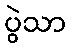
ပွဲသာ